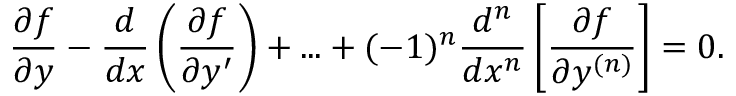
{ \frac { \partial f } { \partial y } } - { \frac { d } { d x } } \left( { \frac { \partial f } { \partial y ^ { \prime } } } \right) + . . . + ( - 1 ) ^ { n } { \frac { d ^ { n } } { d x ^ { n } } } \left[ { \frac { \partial f } { \partial y ^ { ( n ) } } } \right] = 0 .